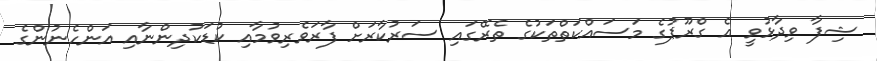
ޝިފާ ވިދާޅުވީ އެ ގްރޫޕުގެ މަސައްކަތްތަކުގެ ތެރޭގައި ސަރުކާރަށް ފާރަވެރިވުމާއި ކުޑަކުދިންނާއި އަންހެނުންގެ